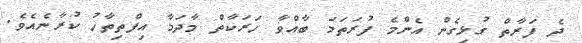
ދެ ފަރާތް ގުޅިގެން އެންމެ ފުރަތަމަ ބާއްވާ ހަރަކާތް މާދަމާ އިފްތިތާހު ކުރާނެއެވެ.